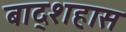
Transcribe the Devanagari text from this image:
बाद्शहास